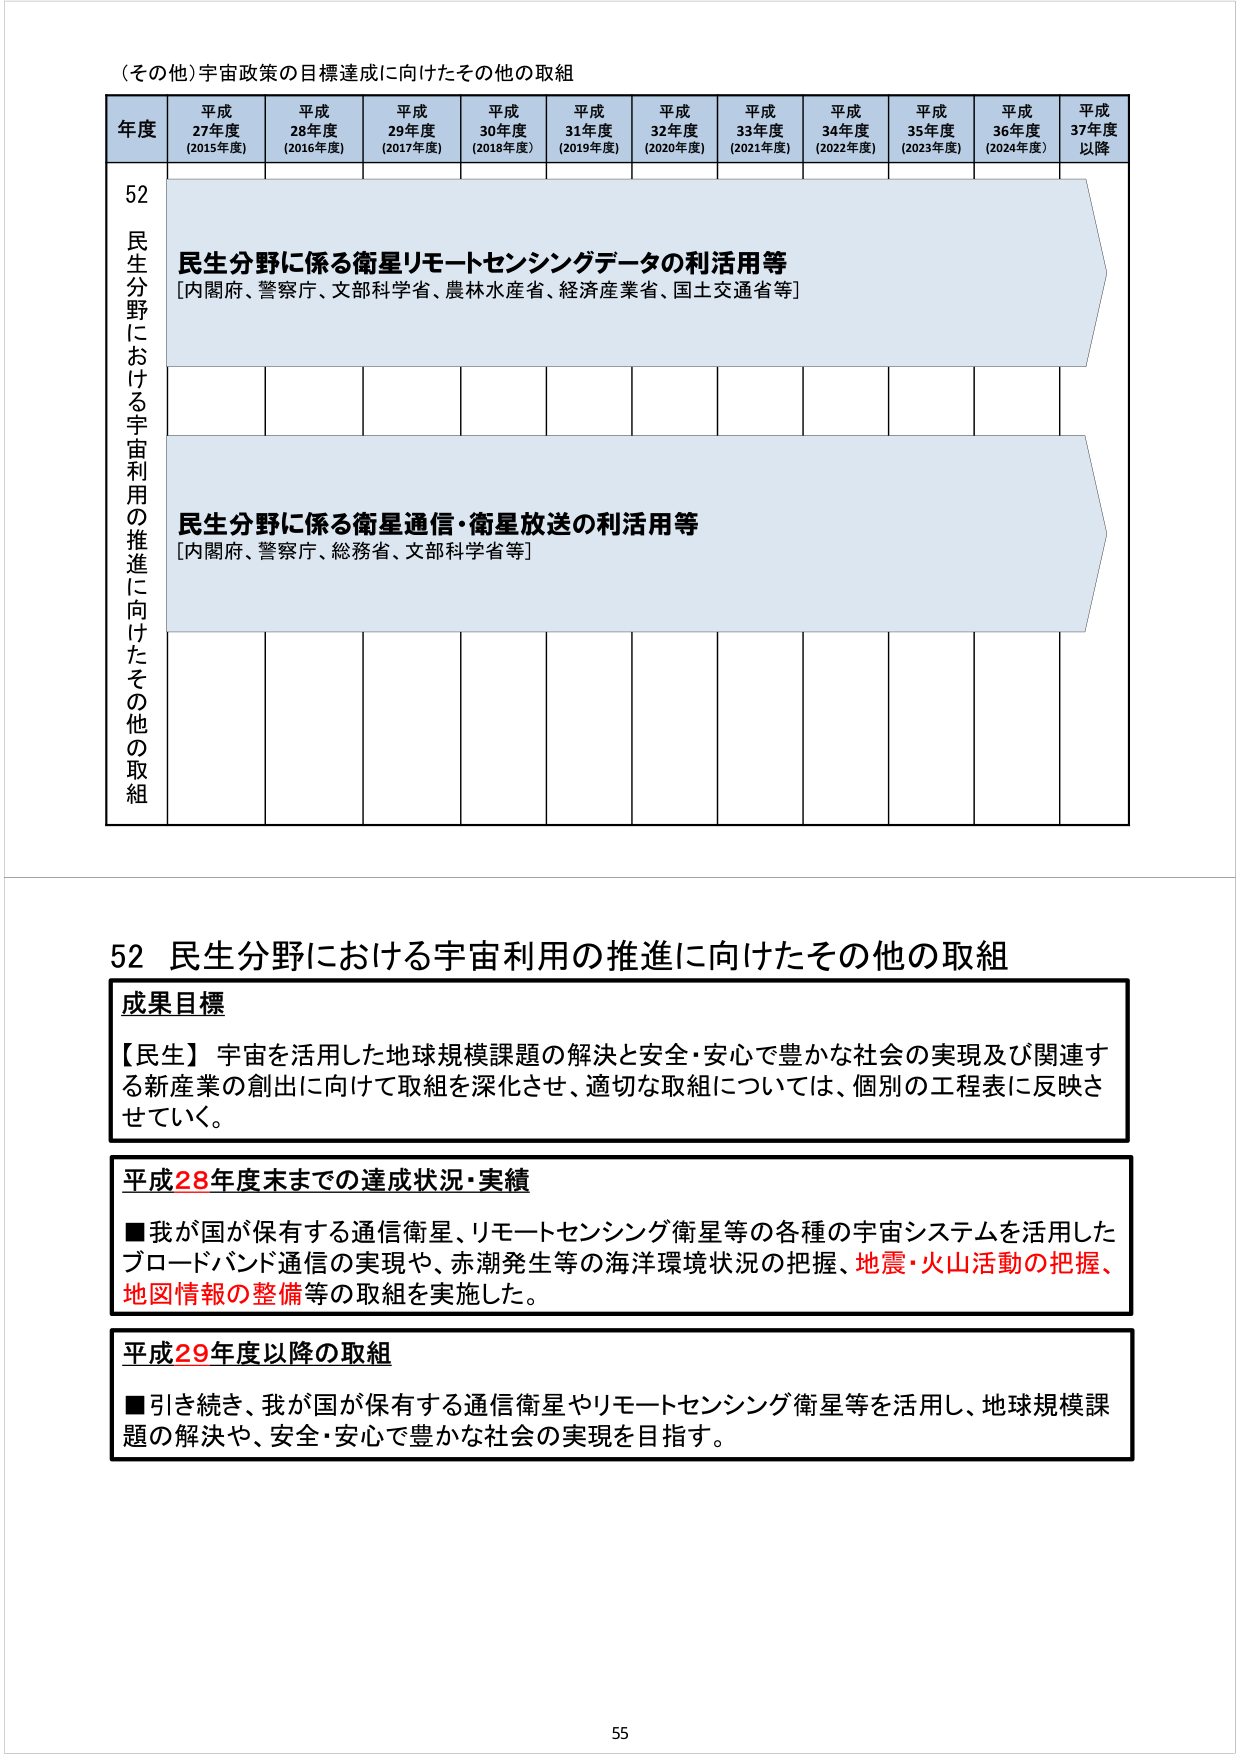
（その他）宇宙政策の目標達成に向けたその他の取組

年度 平成27年度（2015年度） 平成28年度（2016年度） 平成29年度（2017年度） 平成30年度（2018年度） 平成31年度（2019年度） 平成32年度（2020年度） 平成33年度（2021年度） 平成34年度（2022年度） 平成35年度（2023年度） 平成36年度（2024年度） 平成37年度以降

52 民生分野における宇宙利用の推進に向けたその他の取組

民生分野に係る衛星リモートセンシングデータの利活用等
[内閣府、警察庁、文部科学省、農林水産省、経済産業省、国土交通省等]

民生分野に係る衛星通信・衛星放送の利活用等
[内閣府、警察庁、総務省、文部科学省等]

52 民生分野における宇宙利用の推進に向けたその他の取組

成果目標
【民生】宇宙を活用した地球規模課題の解決と安全・安心で豊かな社会の実現及び関連する新産業の創出に向けて取組を深化させ、適切な取組については、個別の工程表に反映させていく。

平成28年度末までの達成状況・実績
■我が国が保有する通信衛星、リモートセンシング衛星等の各種の宇宙システムを活用したブロードバンド通信の実現や、赤潮発生等の海洋環境状況の把握、地震・火山活動の把握、地図情報の整備等の取組を実施した。

平成29年度以降の取組
■引き続き、我が国が保有する通信衛星やリモートセンシング衛星等を活用し、地球規模課題の解決や、安全・安心で豊かな社会の実現を目指す。

55